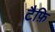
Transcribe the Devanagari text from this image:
टैफ़ि